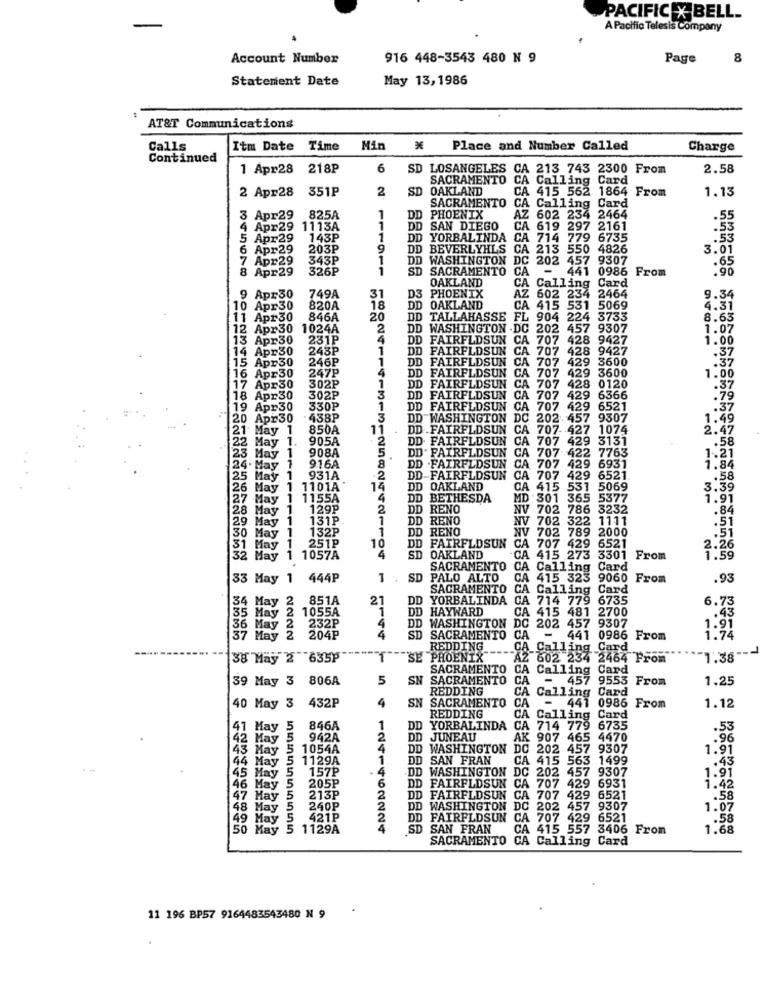
PACIFIC X BELL.
A Pacific Telesis Company
.
Account Number
916 448-3543 480 N 9
Page
8
Statement Date
May 13, 1986
AT&T Communications
Calls
Itm Date
Time
Min
Place and Number Called
Charge
Continued
1 Apr28 218P
6
SD LOSANGELES CA 213 743 2300 From
2.58
SACRAMENTO
CA Calling Card
2 Apr28
351P
2
SD
OAKLAND
CA 415 562 1864 From
1.13
SACRAMENTO
CA Calling Card
3 Apr29
825A
1
DD
PHOENIX
AZ 602 234 2464
.55
Apr29
1113A
1
DD
O SAN DIEGO
CA 619 297 2161
.53
5 Apr29
143P
1
DD YORBALINDA
CA
714 779 6735
.53
6 Apr29
203P
9
DD BEVERLYHLS
CA 213 550 4826
3.01
Apr29
343P
1
DD WASHINGTON
DC
202 457 9307
8 Apr29
326P
1
SD
SACRAMENTO
CA
-
441 0986 From
OAKLAND
CA Calling Card
749A
AZ
9 Apr30
31
D3 PHOENIX
602 234 2464
9.34
10 Apr30
820A
18
DD OAKLAND
CA
415 531
5069
4.31
11 Apr30
846A
20
DD
TALLAHASSE
FL 904 224 3733
8.63
12 Apr30 1024A
2
DD WASHINGTON -DC 202
457 9307
1.07
13 Apr30
231P
DD
FAIRFLDSUN CA
707 428 9427
1.00
14 Apr30
243₽
DD FAIRFLDSUN CA 707 428 9427
.37
15 Apr30
246P
1
DD FAIRFLDSUN CA
CA 707 429
3600
.37
247P
4
DD FAIRFLDSUN
CA 707 429
3600
1.00
16 Apr30
302P
17 Apr30
1
DD FAIRFLDSUN CA
CA 707 428 0120
.37
18 Apr30
302₽
3
DD FAIRFLDSUN CA
707
429 6366
.79
19 Apr30
330P
1
DD FAIRFLDSUN C
.37
20 Apr30
438P
3
DD WASHINGTON DC 202 457 9307
457 9
1.49
21 May 1
850A
11
DD.FAIRFLDSUN CA 707-427 1074
2.47
22 May 1
905A
DD. FAIRFLDSUN
CA 707 429 3131
.58
908A
5
DD. FAIRFLDSUN CA 707 422 7763
23 May 1
1.21
24. May 1
916A
8
DD .FAIRFLDSUN
CA 707 429 6931
1.84
25 May 1
931A
.2
DD-FAIRFLDSUN
CA 707 429 6521.
.58
26 May 1 1101A
DD OAKLAND
CA
415 531 5069
3.39
27 May
1
1155A
4
DD
BETHESDA
MD . 301 365 5377
1.91
28 May 1 129P
2
DD
RENO
NV 702 786 3232
.84
29 May 1
131P
1
DD RENO
NV 702 322 1111
.51
30 May
132P
1
DD
RENO
NV 702 789 2000
.51
251P
10
FAIRFLDSUN
31 May 1
DD
CA 707 429 6521
2.26
32 May 1 1057A
4
SD
OAKLAND
CA 415 273 3301 From
1.59
SACRAMENTO
CA Calling Card
33 May 1 444P
1
SD
PALO ALTO
CA 415 323 9060 From
.93
SACRAMENTO
CA Calling Card
34 May 2 851A
21
DD YORBALINDA
CA 714 779 6735
6.73
1
DD HAYWARD
.43
35 May 2 1055A
DD WASHINGTON DC 202 457 9307
CA 415 481 2700
36 May
232P
4
1.91
37 May
204P
SD SACRAMENTO
CA
441 0986 From
1.74
REDDING
CA Calling Card
38 May 2 635P
1
"SE PHOENIX
A2 602 234 2464 From
1.38
SACRAMENTO
CA
Calling Card
39 May 3 806A
5
SN
SACRAMENTO
CA
-
457 9553 From
1.25
REDDING
CA
SACRAMENTO
CA
Calling Card
1.12
40 May 3 432P
4
SN
- 441 0986 From
REDDING
CA
Calling Card
1 May
5
846A
1
DD
YORBALINDA
CA 714 779 6735
.53
42 May
942A
2
DD JUNEAU
AK 907 465 4470
43 May 5 1054A
4
DD WASHINGTON
DC 202 4!
457
7 9307
1.91
1
DD SAN FRAN
CA 415 563 1499
.43
44 May 5 1129A
157₽
4
DD WASHINGTON DC 202 457 9307
45 May
6
1.91
46 May
205P
DD FAIRFLDSUN CA 707 429 6931
1.42
47 May
213P
2
DD FAIRFLDSUN CA 707 429 6521
.58
48 May
240P
2
DD
WASHINGTON DC 202 457 9307
1.07
49 May
421P
2
DD FAIRFLDSUN CA 707 429 6521
.58
50 Hay 5
1129A
SD SAN FRAN
CA 415 557 3406 From
1.68
SACRAMENTO CA Calling Card
11 196 BP57 9164483543480 N 9
.